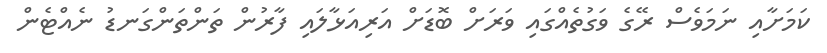
ކަމަށާއި ނަމަވެސް ރޭގެ ވަގުތެއްގައި ވަރަށް ބޮޑަށް އަރިއަޅާލައި ފާރުން ތަންތަންގަނޑު ނެއްޓެން